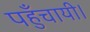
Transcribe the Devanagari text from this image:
पहुँचायी।